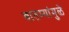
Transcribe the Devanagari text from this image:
बातम्यांमुळे